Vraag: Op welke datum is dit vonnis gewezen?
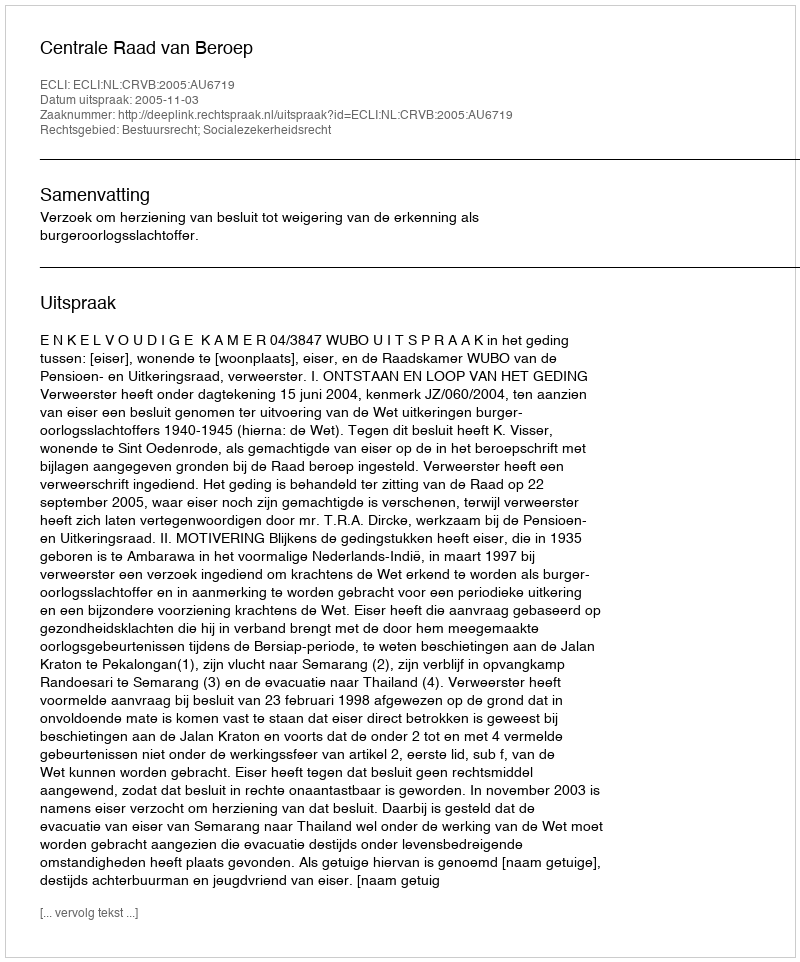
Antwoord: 2005-11-03